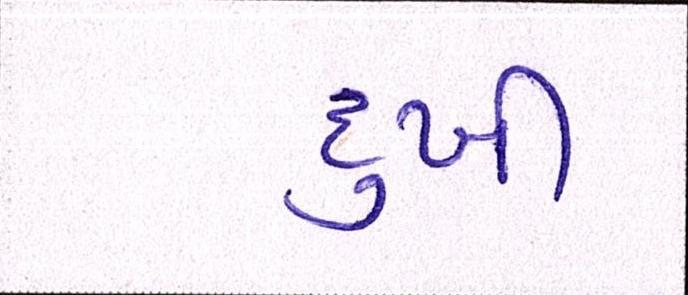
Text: દુખી